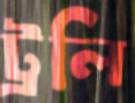
ট্রলি